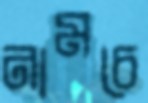
নামচে